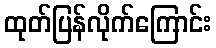
ထုတ်ပြန်လိုက်ကြောင်း